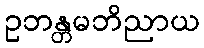
ဥဘန္တမဘိညာယ